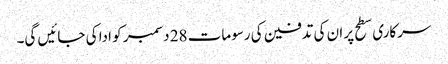
سرکاری سطح پر ان کی تدفین کی رسومات 28 دسمبر کو ادا کی جائیں گی۔